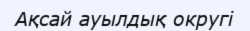
Ақсай ауылдық округі